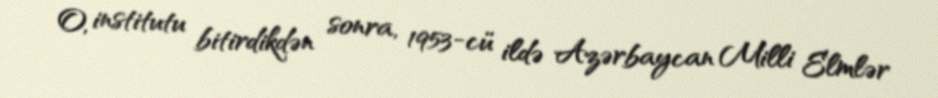
O, institutu bitirdikdən sonra, 1953-cü ildə Azərbaycan Milli Elmlər